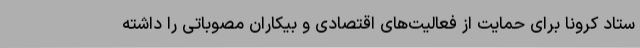
ستاد کرونا برای حمایت از فعالیت‌های اقتصادی و بیکاران مصوباتی را داشته